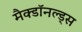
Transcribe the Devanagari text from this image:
मैक्डॉनल्ड्स